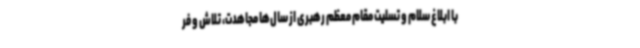
با ابلاغ سلام و تسلیت مقام معظم رهبری از سال‌ها مجاهدت، تلاش و فر